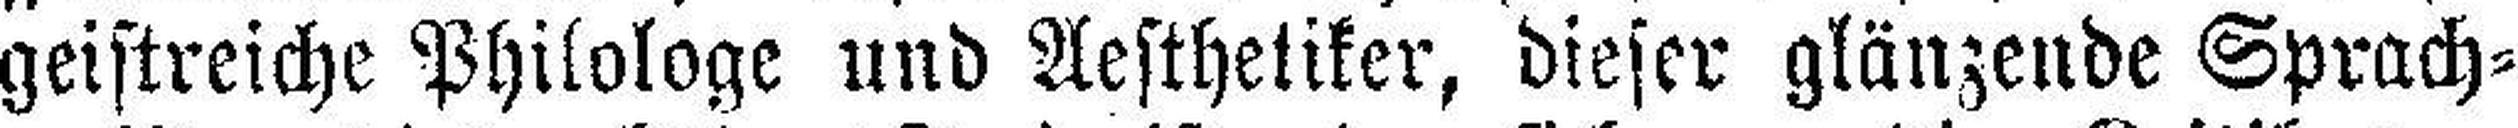
geistreiche Philologe und Aesthetiker, dieser glänzende Sprach¬